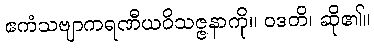
ဧကံသဗျာကရဏီယဝိသဇ္ဇနာကို။ ဝဒတိ၊ ဆို၏။